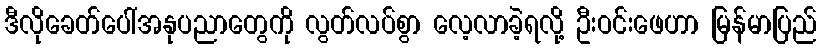
ဒီလိုခေတ်ပေါ်အနုပညာတွေကို လွတ်လပ်စွာ လေ့လာခဲ့ရလို့ ဦးဝင်းဖေဟာ မြန်မာပြည်